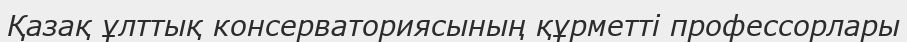
Қазақ ұлттық консерваториясының құрметті профессорлары